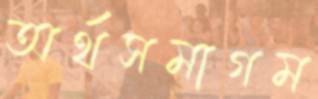
অর্থসমাগম